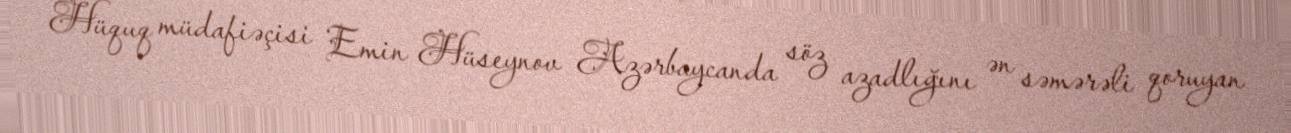
Hüquq müdafiəçisi Emin Hüseynov Azərbaycanda söz azadlığını ən səmərəli qoruyan